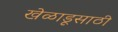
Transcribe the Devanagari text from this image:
खेळाडूसाठी